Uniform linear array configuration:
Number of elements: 24
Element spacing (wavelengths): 0.5
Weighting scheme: uniform
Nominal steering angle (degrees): -45
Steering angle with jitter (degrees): -46.316
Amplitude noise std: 0.05
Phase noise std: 0.05

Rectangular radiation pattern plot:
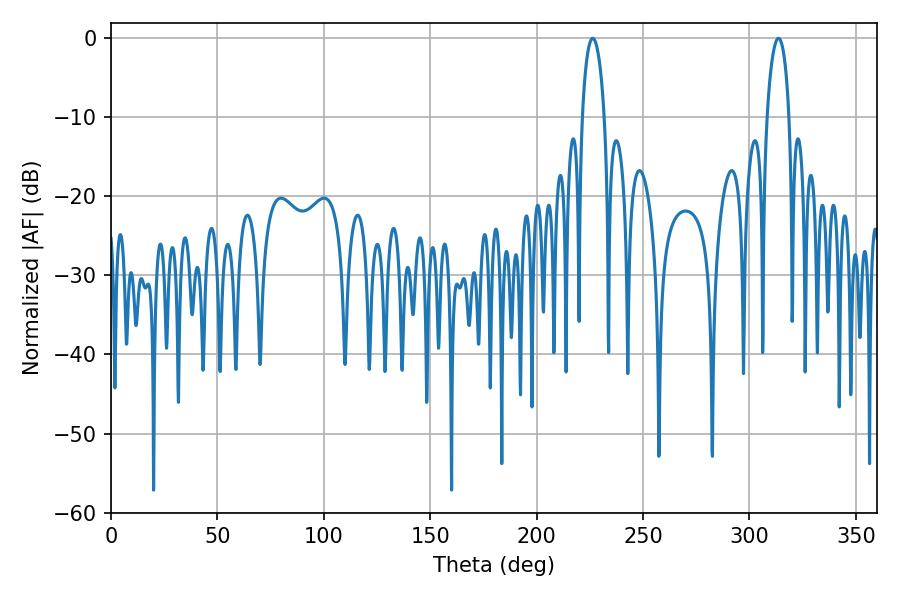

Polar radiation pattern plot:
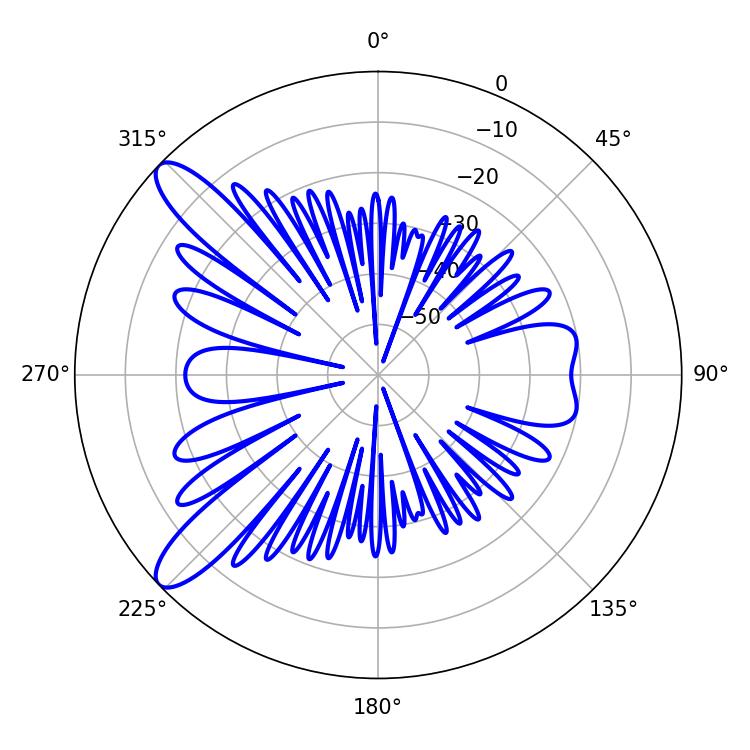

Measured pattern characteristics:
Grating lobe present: FALSE
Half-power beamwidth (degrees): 5.94
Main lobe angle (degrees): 313.56